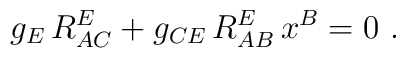
g_E\,R^E_{AC} + g_{CE}\, R^E_{AB}\,x^B  =0\ .